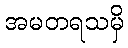
အမတရသမှိ